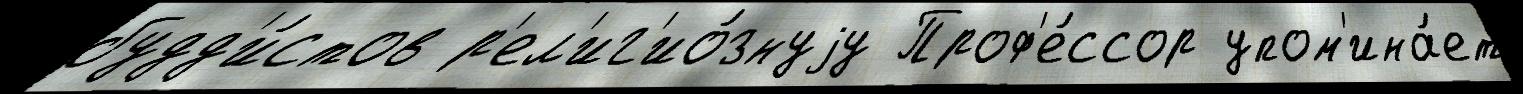
будд'и́стов р'ел'иг'ио́знуjу Проф'е́ссор упом'ина́ет